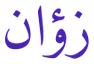
زؤان